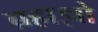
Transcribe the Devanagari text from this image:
ब्रह्मज्ञो